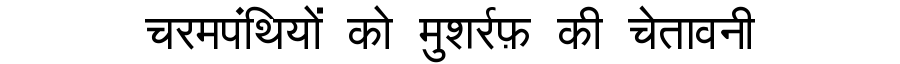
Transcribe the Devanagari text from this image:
चरमपंथियों को मुशर्रफ़ की चेतावनी